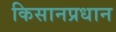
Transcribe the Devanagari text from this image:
किसानप्रधान